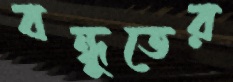
বন্ধুতের